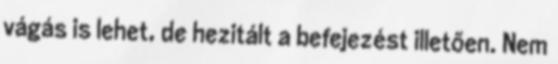
vágás is lehet, de hezitált a befejezést illetően. Nem